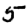
Digit: 5